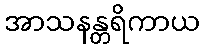
အာသနန္တရိကာယ